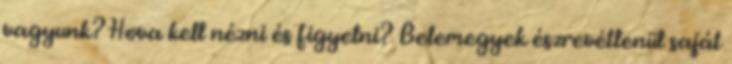
vagyunk? Hova kell nézni és figyelni? Belemegyek észrevétlenül saját